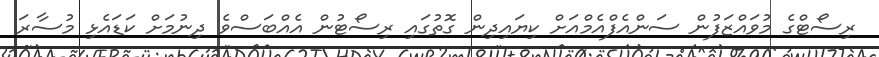
ރިސޯޓްގެ މުވައްޒަފުން ސަންއެފްއެމްއަށް ކިޔައިދިން ގޮތުގައި ރިސޯޓުން އެއްބަސްވެ ދިނުމަށް ކަޑައެޅި މުސާރަ